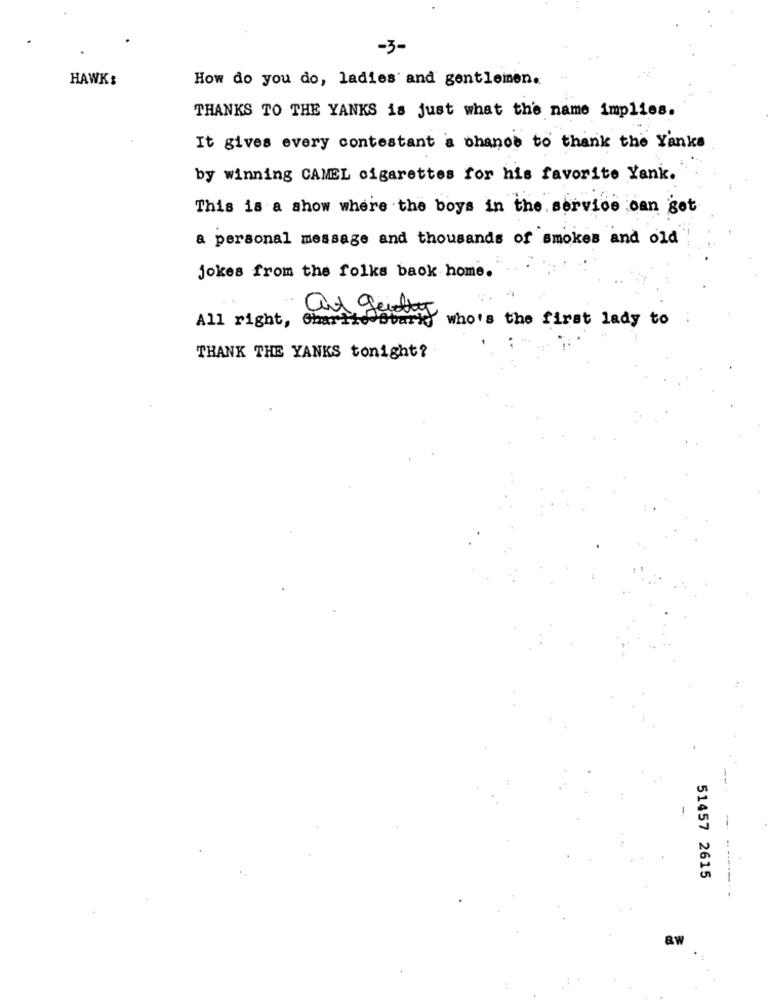
-3-
HAWKS
How do you do, ladies and gentlemen.
THANKS TO THE YANKS is just what the name implies.
It gives every contestant a chance to thank the Yanks
by winning CAMEL cigarettes for his favorite Yank.
This is a show where the boys in the service can get
a personal message and thousands of smokes and old
jokes from the folks back home.
All right, Chartto Obark
who's the first lady to
THANK THE YANKS tonight?
51457 2615